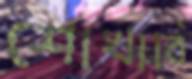
শোখাবি